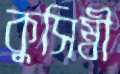
কুসিম্বী